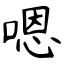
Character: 嗯